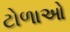
ટોળાઓ